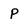
Character: P